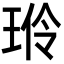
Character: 𬍦